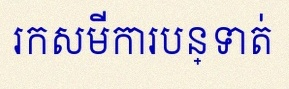
រកសមីការបន្ទាត់